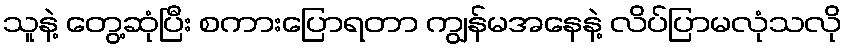
သူနဲ့ တွေ့ဆုံပြီး စကားပြောရတာ ကျွန်မအနေနဲ့ လိပ်ပြာမလုံသလို